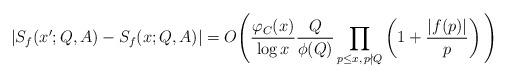
LaTeX: \begin{align*} |S_{f}(x';Q,A) - S_{f}(x;Q,A)|= O\Bigg( \frac{\varphi_C (x)}{\log x} \frac{Q}{\phi(Q)} \prod_{\substack{p \leq x, \,p\nmid Q}} \left(1 + \frac{|f(p)|}{p}\right) \Bigg)\end{align*}